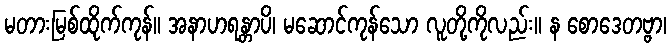
မတားမြစ်ထိုက်ကုန်။ အနာဟရန္တာပိ၊ မဆောင်ကုန်သော လူတို့ကိုလည်း။ န စောဒေတဗ္ဗာ၊